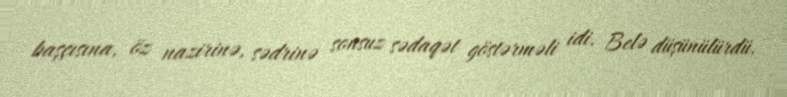
başçısına, öz nazirinə, sədrinə sonsuz sədaqət göstərməli idi. Belə düşünülürdü.